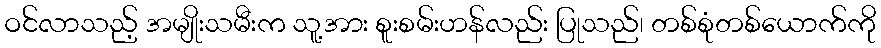
ဝင်လာသည့် အမျိုးသမီးက သူ့အား စူးစမ်းဟန်လည်း ပြုသည်၊ တစ်စုံတစ်ယောက်ကို